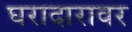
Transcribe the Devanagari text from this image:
घरादारावर